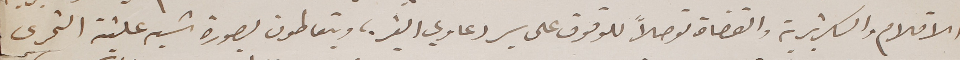
الاقلام والسكريترية والقضاة توصلاً للوقوف على سير دعاوي الغير؛ ويتعاطون بصورة شبه علنية التحرى